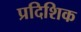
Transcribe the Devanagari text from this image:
प्रदिशिक